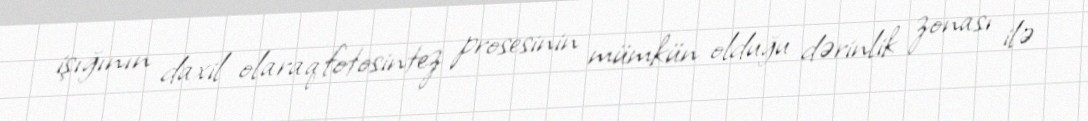
işığının daxil olaraq fotosintez prosesinin mümkün olduğu dərinlik zonası ilə